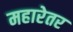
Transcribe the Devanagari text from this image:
महारेतर